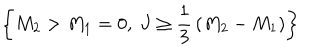
\left\{ M _ { 2 } > M _ { 1 } = 0 , ~ J \ge { \frac { 1 } { 3 } } \left( M _ { 2 } - M _ { 1 } \right) \right\}